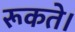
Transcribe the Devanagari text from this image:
रूकते।